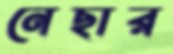
নেছার